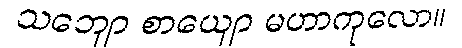
သဘျော စာယျော မဟာကုလော။